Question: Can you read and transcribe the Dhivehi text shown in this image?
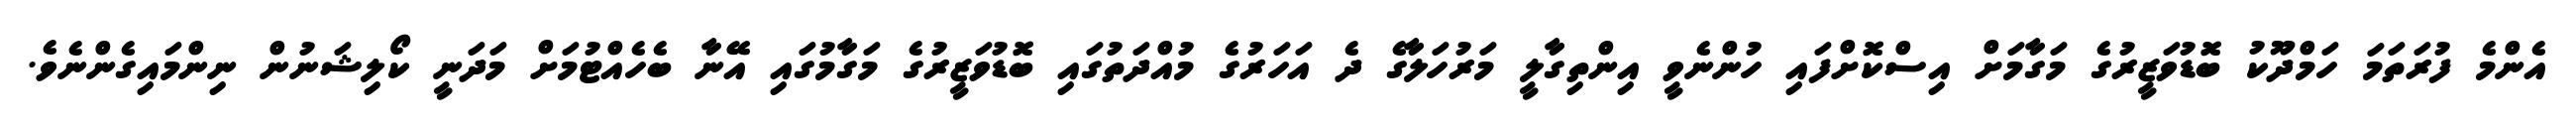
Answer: އެންމެ ފުރަތަމަ ހަމްދޫކު ބޮޑުވަޒީރުގެ މަގާމަށް އިސްކޮށްފައި ހުންނެވީ އިންތިގާލީ މަރުހަލާގެ ދެ އަހަރުގެ މުއްދަތުގައި ބޮޑުވަޒީރުގެ މަގާމުގައި އޭނާ ބެހެއްޓުމަށް މަދަނީ ކޯލިޝަނުން ނިންމައިގެންނެވެ.